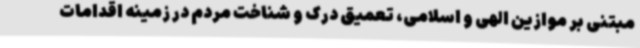
مبتنی بر موازین الهی و اسلامی، تعمیق درک و شناخت مردم در زمینه اقدامات